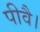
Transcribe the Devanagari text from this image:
पीवै।